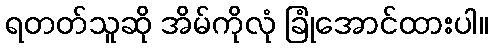
ရတတ်သူဆို အိမ်ကိုလုံ ခြုံအောင်ထားပါ။